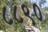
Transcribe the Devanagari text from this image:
८८९०